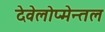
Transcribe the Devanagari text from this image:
देवेलोप्मेन्तल